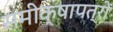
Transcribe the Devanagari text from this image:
समीक्षापत्रों